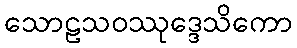
သောဠသဝဿုဒ္ဒေသိကော